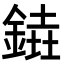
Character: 𨩒